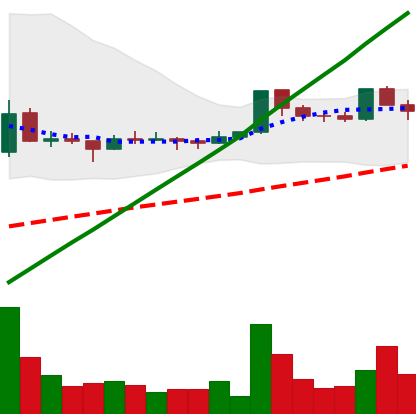
Ticker: DOGE-USD
Chart end date: 2021-03-15
Forward return: 3.281%
Label: up_3_5